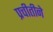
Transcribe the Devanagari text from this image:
प्रचीतीने